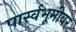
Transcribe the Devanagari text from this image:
पार्स्वभूमीवर